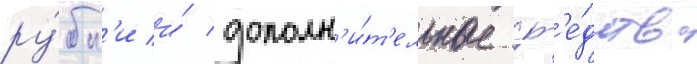
ру́бк'и и́ дополн'и́т'ельные ср'е́дства